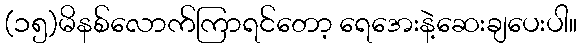
(၁၅)မိနစ်လောက်ကြာရင်တော့ ရေအေးနဲ့ဆေးချပေးပါ။